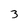
Character: 3